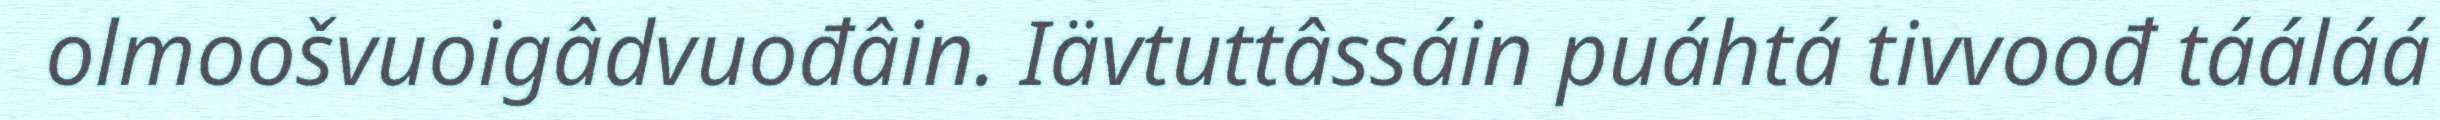
olmoošvuoigâdvuođâin. Iävtuttâssáin puáhtá tivvoođ tááláá